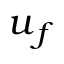
\boldsymbol { u } _ { f }